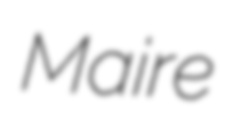
Maire